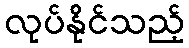
လုပ်နိုင်သည့်